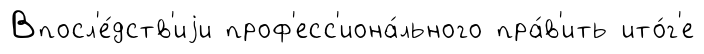
Впосл'е́дств'иjи проф'есс'иона́льного пра́в'ить ито́г'е